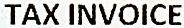
TAX INVOICE